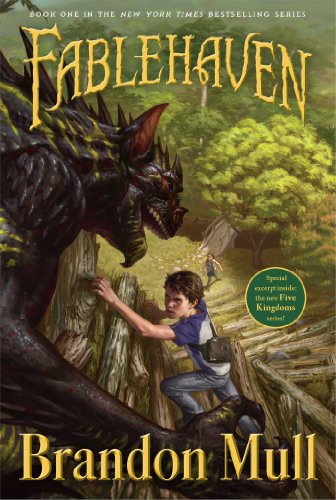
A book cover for Fablehaven; Brandon Mull; Science Fiction & Fantasy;